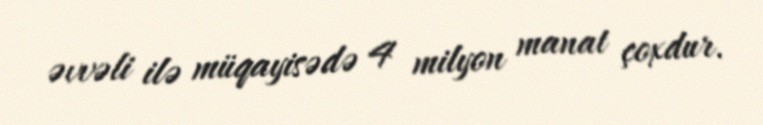
əvvəli ilə müqayisədə 4 milyon manat çoxdur.